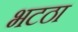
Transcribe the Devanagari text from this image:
भटठा